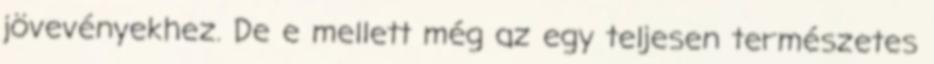
jövevényekhez. De e mellett még az egy teljesen természetes